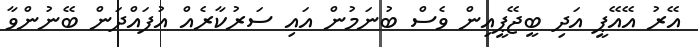
އޭރު އޭއޭޕީ އަދި ބީޖޭޕީއިން ވެސް ބުނަމުން އައި ސަރުކާރެއް އުފައްދަން ބޭނުންވާ